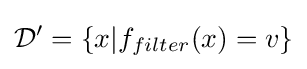
{\mathcal {D}}'=\{x|f_{filter}(x)=v\}